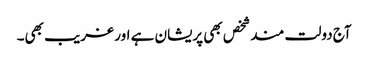
آج دولت مندشخص بھی پریشان ہے اور غریب بھی۔